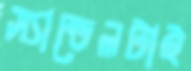
স্যান্ডেলটাই